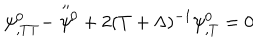
\psi _ { , T T } ^ { 0 } - \stackrel { \scriptstyle \prime \prime } { \psi } \hspace { - 3 . 5 p t } \vphantom { \psi } ^ { 0 } + 2 ( T + \Lambda ) ^ { - 1 } \psi _ { , T } ^ { 0 } = 0